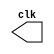
// FAVOR COLOCAR NOME E MATRICULA AQUI

module clock ( clk );
 output clk;
 reg    clk;

 initial
  begin
   clk = 1'b0;
  end

 always
  begin
   #6 clk = ~clk;
  end
endmodule


module pulse ( signal, clock );
 input  clock;
 output signal;
 reg    signal;

 always @ ( clock )
  begin
        signal = 1'b0;
  #3   signal = 1'b1;
  #3   signal = 1'b0;
    
  
  end
endmodule 

module testpulse;

 wire  clock;
 clock clk ( clock );
 wire  p1;

 pulse   pulse1   ( p1, clock );

 initial begin
  $dumpfile ( "exercicio01.vcd" );
  $dumpvars (1, clock, p1);
   #480 $finish;

 end

endmodule